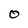
Character: O